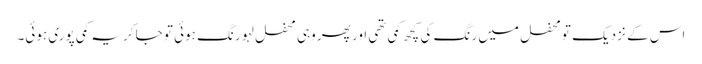
اس کے نزدیک تو محفل میں رنگ کی کچھ کمی تھی اور پھر وہی محفل لہو رنگ ہوئی تو جا کر یہ کمی پوری ہوئی۔